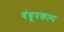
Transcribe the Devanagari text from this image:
बंधूपकल्प